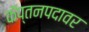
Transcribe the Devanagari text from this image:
कॅप्तनपदावर